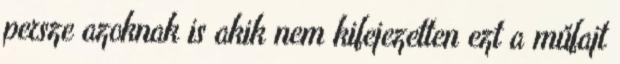
persze azoknak is akik nem kifejezetten ezt a műfajt